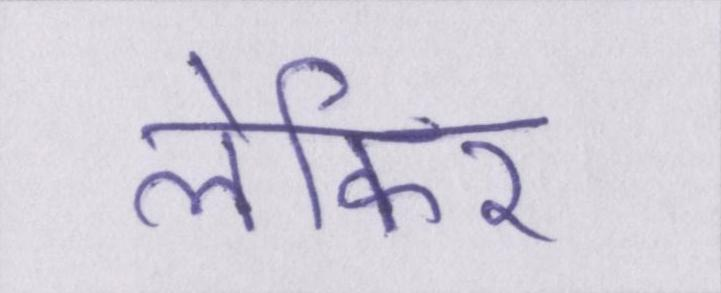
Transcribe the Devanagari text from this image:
लेकिर